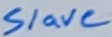
Text: VSS